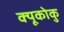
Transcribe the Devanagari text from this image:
क्यूकोकु